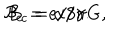
{ \cal B } _ { c } = e / 8 \pi G , \hspace { 1 0 m m } B _ { c } = \alpha / \gamma .